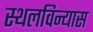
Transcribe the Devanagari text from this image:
स्थलविन्यास